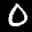
Label: 0